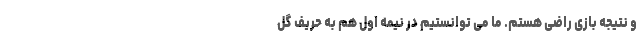
و نتیجه بازی راضی هستم. ما می توانستیم در نیمه اول هم به حریف گل